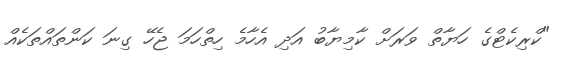
"ކްރިކެޓްގެ ހަޔާތް ވަރަށް ކާމިޔާބު އަދި އެހާމެ ހިތްހަމަ ޖެހޭ ގިނަ ކަންތައްތަކެއް